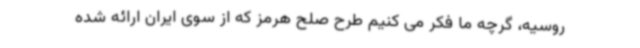
روسیه، گرچه ما فکر می کنیم طرح صلح هرمز که از سوی ایران ارائه شده